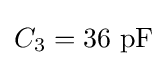
C_{3}=36\ \mathrm {pF}